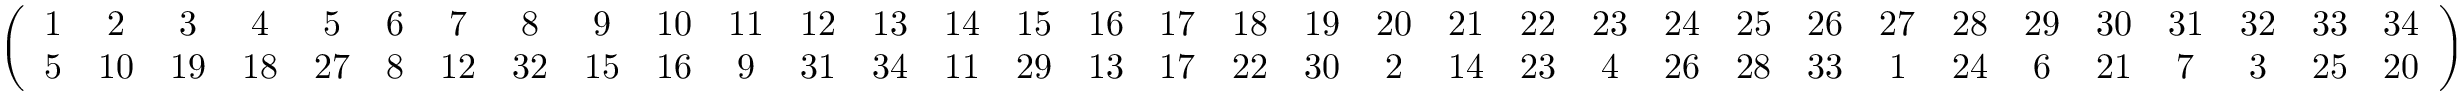
\begin{array} { r } { \left( \begin{array} { c c c c c c c c c c c c c c c c c c c c c c c c c c c c c c c c c c } { 1 } & { 2 } & { 3 } & { 4 } & { 5 } & { 6 } & { 7 } & { 8 } & { 9 } & { 1 0 } & { 1 1 } & { 1 2 } & { 1 3 } & { 1 4 } & { 1 5 } & { 1 6 } & { 1 7 } & { 1 8 } & { 1 9 } & { 2 0 } & { 2 1 } & { 2 2 } & { 2 3 } & { 2 4 } & { 2 5 } & { 2 6 } & { 2 7 } & { 2 8 } & { 2 9 } & { 3 0 } & { 3 1 } & { 3 2 } & { 3 3 } & { 3 4 } \\ { 5 } & { 1 0 } & { 1 9 } & { 1 8 } & { 2 7 } & { 8 } & { 1 2 } & { 3 2 } & { 1 5 } & { 1 6 } & { 9 } & { 3 1 } & { 3 4 } & { 1 1 } & { 2 9 } & { 1 3 } & { 1 7 } & { 2 2 } & { 3 0 } & { 2 } & { 1 4 } & { 2 3 } & { 4 } & { 2 6 } & { 2 8 } & { 3 3 } & { 1 } & { 2 4 } & { 6 } & { 2 1 } & { 7 } & { 3 } & { 2 5 } & { 2 0 } \end{array} \right) } \end{array}